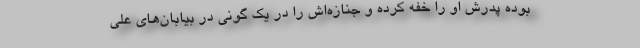
بوده پدرش او را خفه کرده و جنازه‌اش را در یک گونی در بیابان‌های علی